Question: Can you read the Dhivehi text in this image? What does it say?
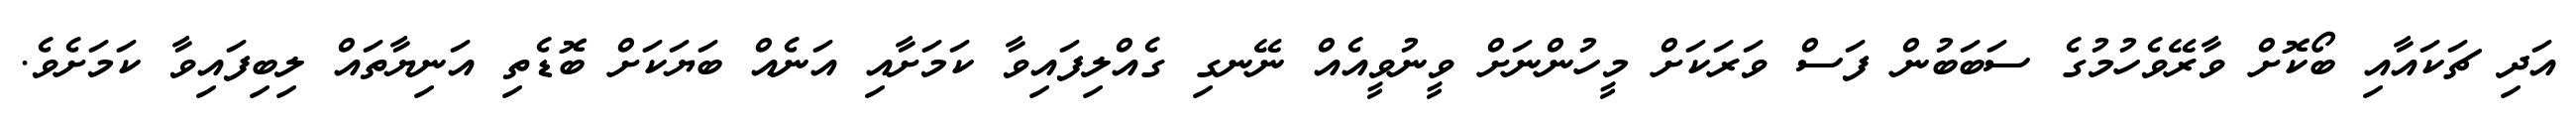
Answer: އަދި ޗަކައާއި ބޯކޮށް ވާރޭވެހުމުގެ ސަބަބުން ފަސް ވަރަކަށް މީހުންނަށް ވީނުވީއެއް ނޭނގި ގެއްލިފައިވާ ކަމަށާއި އަނެއް ބަޔަކަށް ބޮޑެތި އަނިޔާތައް ލިބިފައިވާ ކަމަށެވެ.